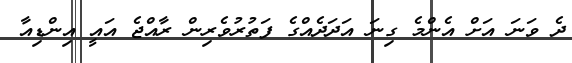
ދެ ވަނަ އަށް އެންމެ ގިނަ އަދަދެއްގެ ފަތުރުވެރިން ރާއްޖެ އައީ އިންޑިއާ